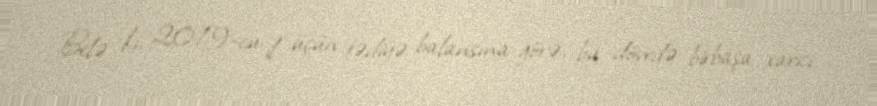
Belə ki, 2019-cu il üçün tədiyə balansına görə, bu dövrdə birbaşa xarici